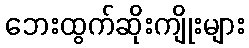
ဘေးထွက်ဆိုးကျိုးများ